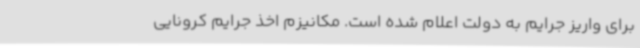
برای واریز جرایم به دولت اعلام شده است. مکانیزم اخذ جرایم کرونایی